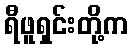
ရီဖူရှင်းတို့က